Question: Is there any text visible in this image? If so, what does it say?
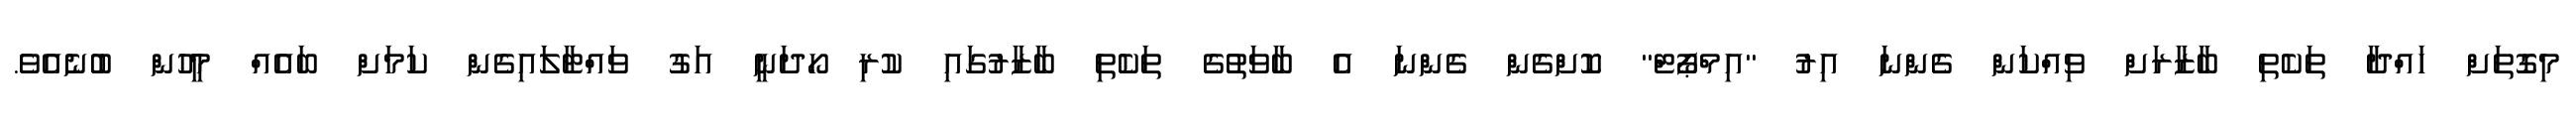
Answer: މިގޮތަށް ހައްދާ ތަކެތި ބާޒާރަށް ވިއްކަން ގެންނަ އިރު "އިމްޕޯޓް" ކޮށްގެން ގެންނަ އެ ބާވަތުގެ ތަކެތި ބާޒާރުގައި ކުރި ހޯދަނީ އަގު ވައްޓާލައިގެން ކަމަށް ބައެއް މީހުން ބުނެއެވެ.